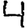
Digit: 4